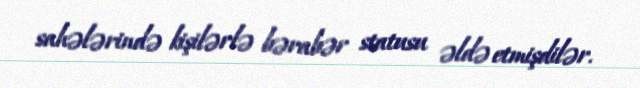
sahələrində kişilərlə bərabər statusu əldə etmişdilər.